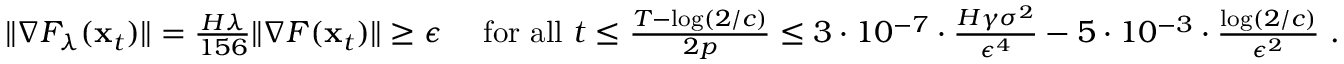
\begin{array} { r } { \| \nabla F _ { \lambda } ( { \mathbf x } _ { t } ) \| = \frac { H \lambda } { 1 5 6 } \| \nabla F ( { \mathbf x } _ { t } ) \| \ge \epsilon ~ ~ ~ \mathrm { ~ f o r ~ a l l ~ } t \le \frac { T - \log ( 2 / c ) } { 2 p } \le 3 \cdot 1 0 ^ { - 7 } \cdot \frac { H \gamma \sigma ^ { 2 } } { \epsilon ^ { 4 } } - 5 \cdot 1 0 ^ { - 3 } \cdot \frac { \log ( 2 / c ) } { \epsilon ^ { 2 } } ~ . } \end{array}